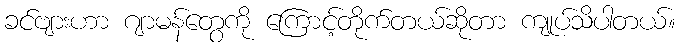
ခင်ဗျားဟာ ဂျာမန်တွေကို ကြောင့်တိုက်တယ်ဆိုတာ ကျုပ်သိပါတယ်။